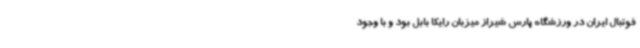
فوتبال ایران در ورزشگاه پارس شیراز میزبان رایکا بابل بود و با وجود